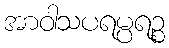
အာဝါသပရမ္ပရဉ္စ